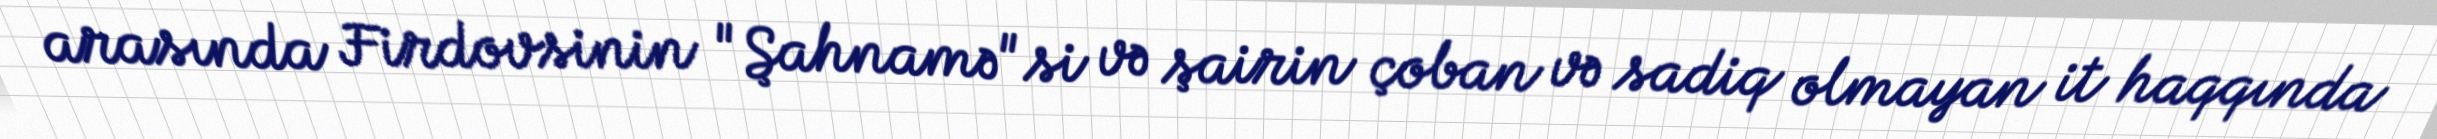
arasında Firdovsinin "Şahnamə"si və şairin çoban və sadiq olmayan it haqqında